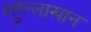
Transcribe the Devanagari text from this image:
रहुल्लाखान